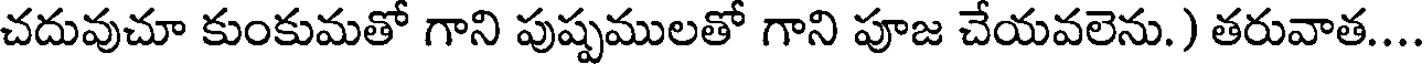
చదువుచూ కుంకుమతో గాని పుష్పములతో గాని పూజ చేయవలెను. ) తరువాత...